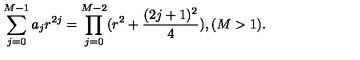
\sum _ { j = 0 } ^ { M - 1 } a _ { j } r ^ { 2 j } = \prod _ { j = 0 } ^ { M - 2 } ( r ^ { 2 } + \frac { ( 2 j + 1 ) ^ { 2 } } { 4 } ) , ( M > 1 ) .